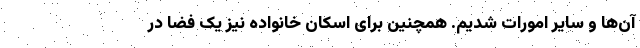
آن‌ها و سایر امورات شدیم. همچنین برای اسکان خانواده نیز یک فضا در